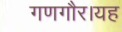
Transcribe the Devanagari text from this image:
गणगौर।यह